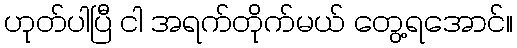
ဟုတ်ပါပြီ ငါ အရက်တိုက်မယ် တွေ့ရအောင်။